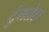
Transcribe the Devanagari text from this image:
टुंगतेल